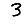
Digit: 3